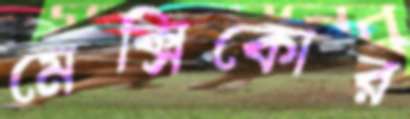
মেক্সিকোর